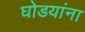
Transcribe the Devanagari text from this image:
घोडयांना